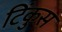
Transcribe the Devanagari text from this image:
टिंकुस